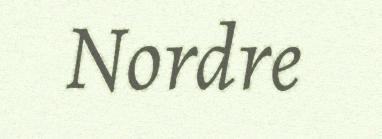
Nordre